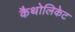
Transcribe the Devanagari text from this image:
कैथोलिकेट